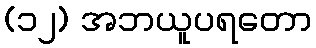
(၁၂) အဘယူပရတော